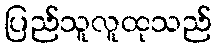
ပြည်သူလူထုသည်